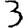
Digit: 3